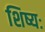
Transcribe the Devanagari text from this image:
शिष्यः